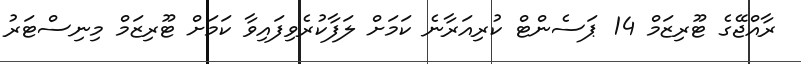
ރާއްޖޭގެ ޓޫރިޒަމް 14 ޕަސެންޓް ކުރިއަރާނެ ކަމަށް ލަފާކުރެވިފައިވާ ކަމަށް ޓޫރިޒަމް މިނިސްޓަރު